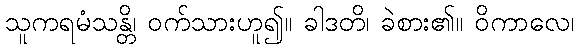
သူကရမံသန္တိ၊ ဝက်သားဟူ၍။ ခါဒတိ၊ ခဲစား၏။ ဝိကာလေ၊